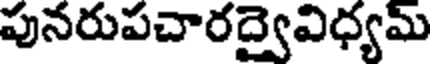
పునరుపచారద్వైవిధ్యమ్